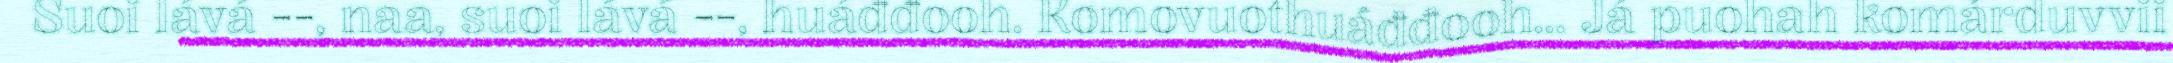
Suoi lává --, naa, suoi lává --, huáđđooh. Komovuothuáđđooh... Já puohah komárduvvii